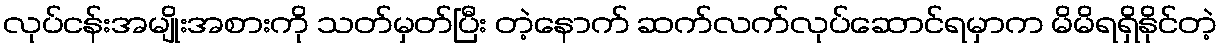
လုပ်ငန်းအမျိုးအစားကို သတ်မှတ်ပြီး တဲ့နောက် ဆက်လက်လုပ်ဆောင်ရမှာက မိမိရရှိနိုင်တဲ့